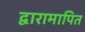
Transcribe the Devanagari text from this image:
द्वारामापित